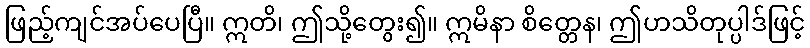
ဖြည့်ကျင်အပ်ပေပြီ။ ဣတိ၊ ဤသို့တွေး၍။ ဣမိနာ စိတ္တေန၊ ဤဟသိတုပ္ပါဒ်ဖြင့်